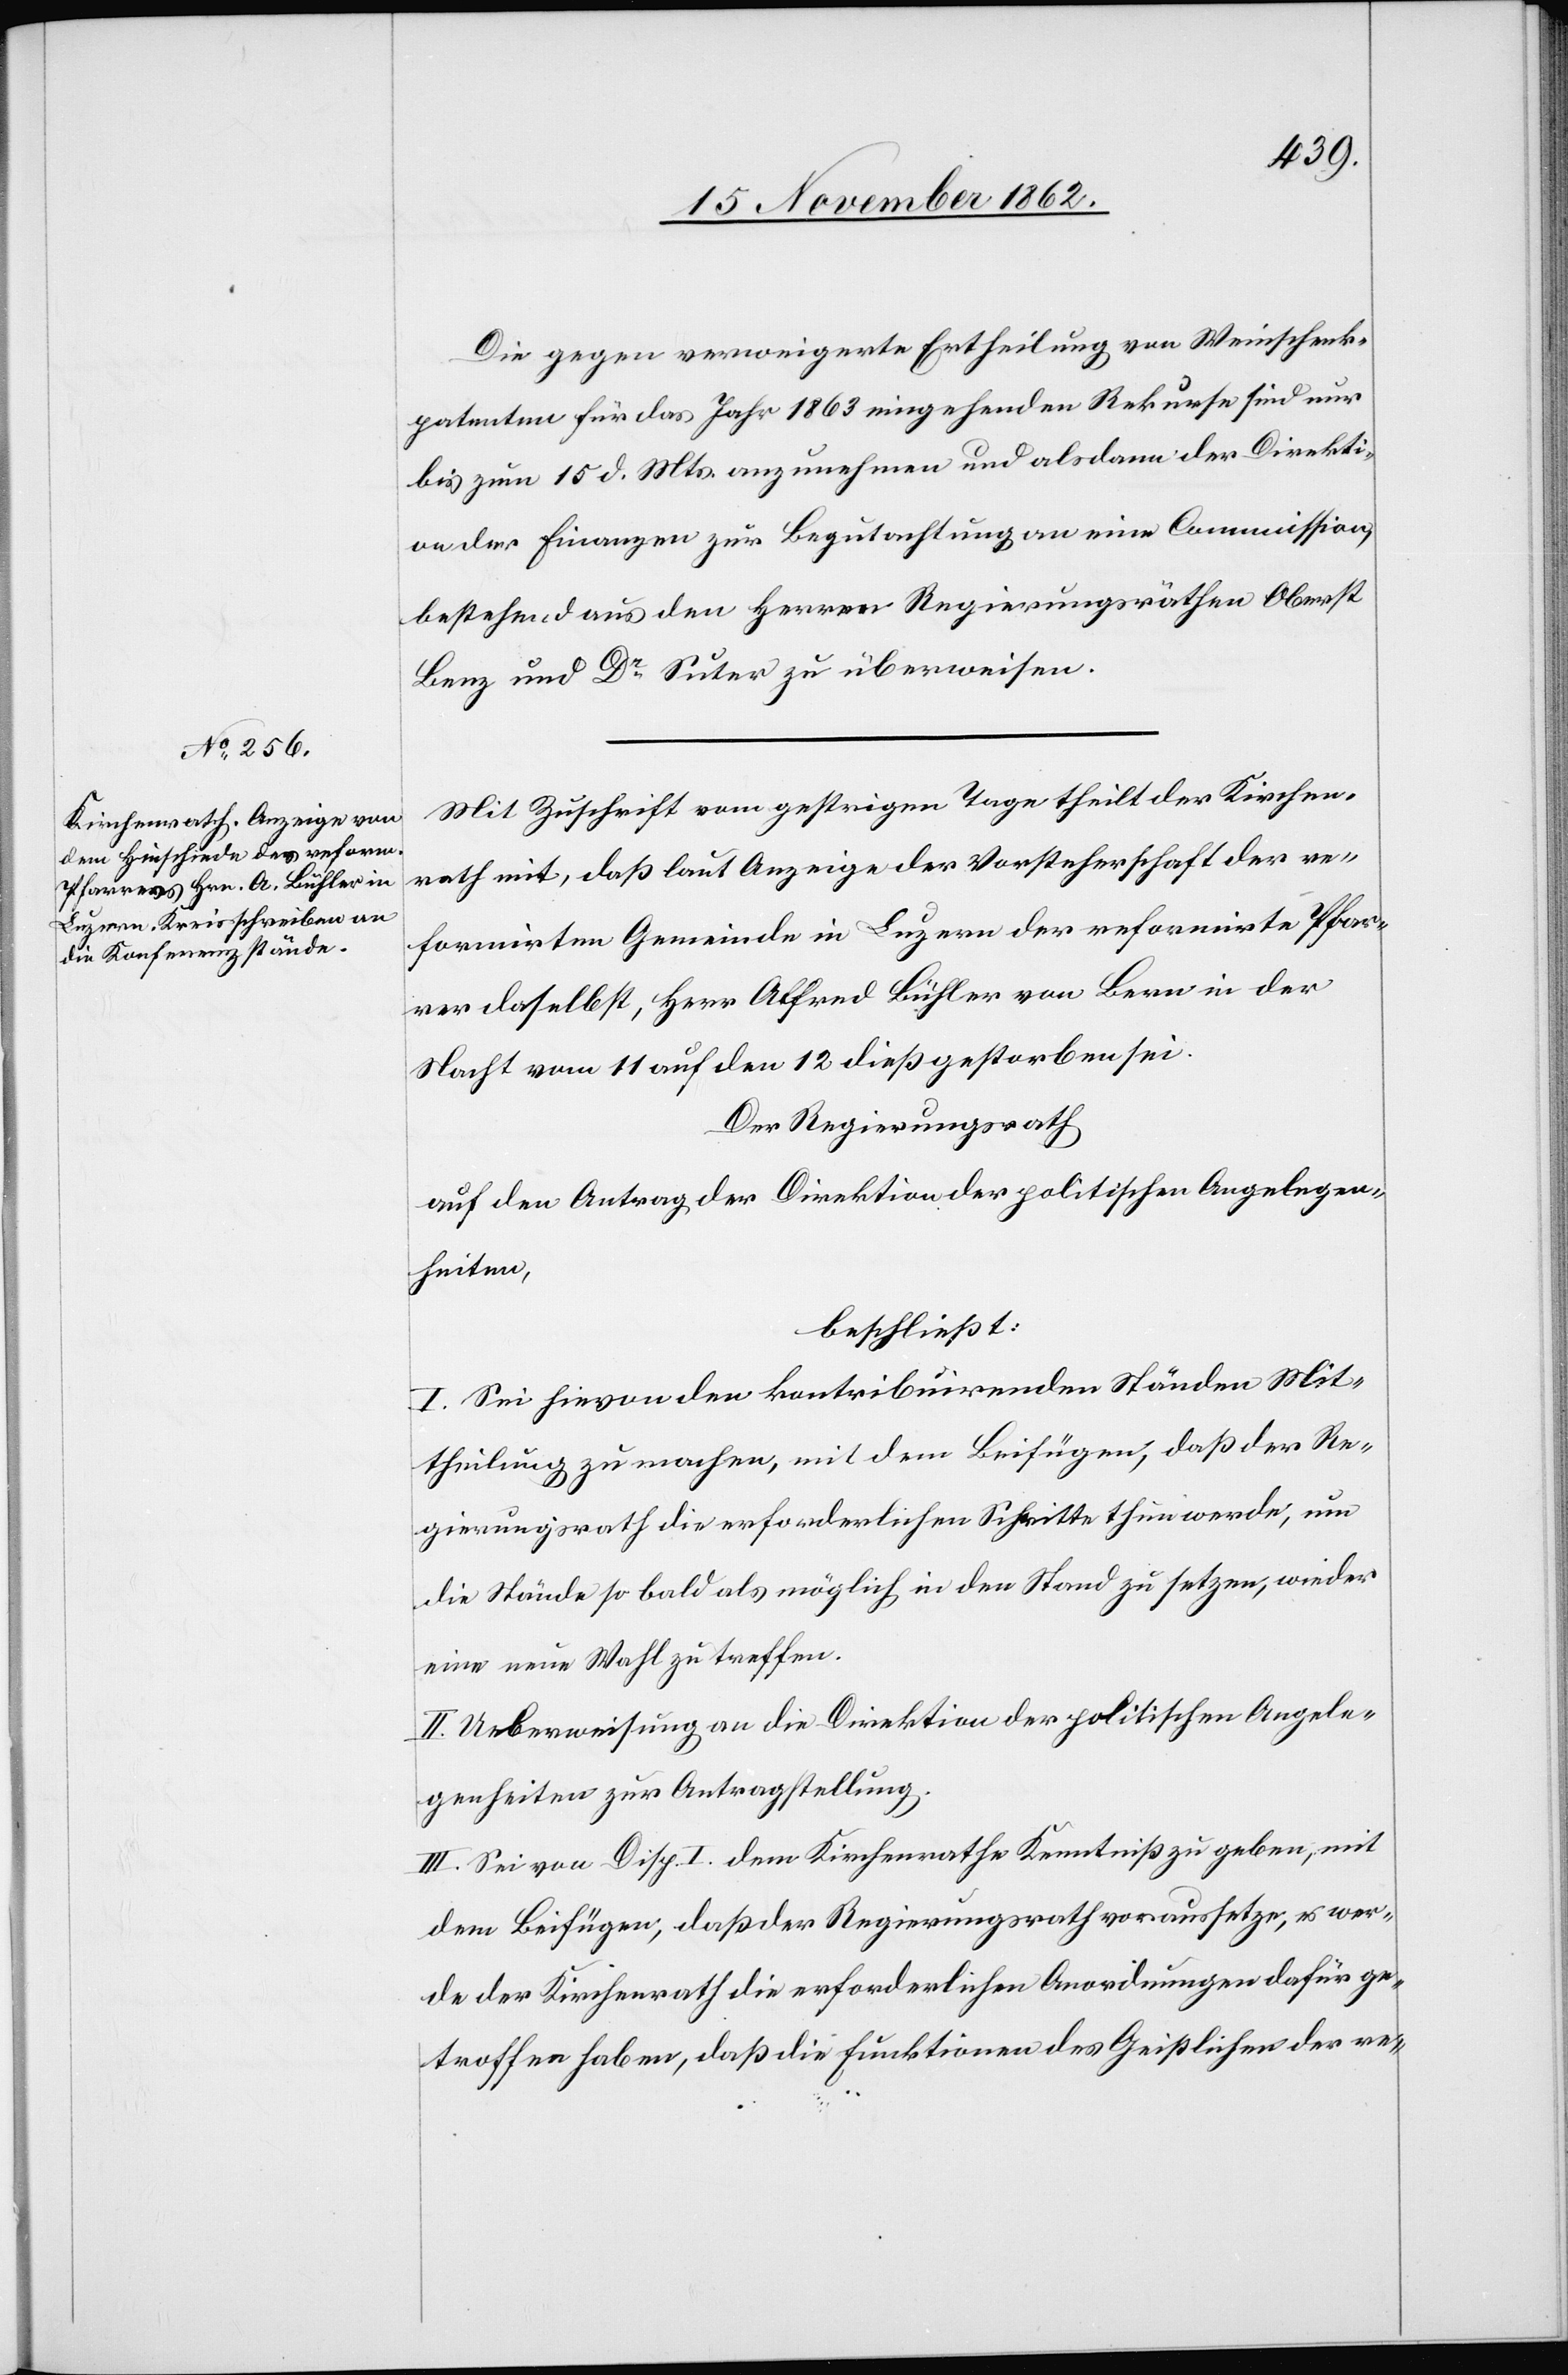
Die gegen verweigerte Ertheilung von Weinschenk¬
patenten für das Jahr 1863 eingehenden Rekurse sind nur
bis zum 15. d. Mts. anzunehmen und alsdann der Direkti¬
on der Finanzen zur Begutachtung an eine Commission,
bestehend aus den Herren Regierungsräthen Oberst
Benz und Dr Suter zu überweisen.
Mit Zuschrift vom gestrigen Tage theilt der Kirchen¬
rath mit, daß laut Anzeige der Vorsteherschaft der re¬
formirten Gemeinde in Luzern der reformirte Pfar¬
rer daselbst, Herr Alfred Bühler von Bern in der
Nacht vom 11. auf den 12. dieß gestorben sei.
Der Regierungsrath
auf den Antrag der Direktion der politischen Angelegen¬
heiten,
beschließt:
I. Sei hievon den kontribuirenden Ständen Mit¬
theilung zu machen, mit dem Beifügen, daß der Re¬
gierungsrath die erforderlichen Schritte thun werde, um
die Stände so bald als möglich in den Stand zu setzen, wieder
eine neue Wahl zu treffen.
II. Ueberweisung an die Direktion der politischen Angele¬
genheiten zur Antragstellung.
III. Sei von Disp. I dem Kirchenrathe Kenntniß zu geben, mit
dem Beifügen, daß der Regierungsrath voraussetze, es wer¬
de der Kirchenrath die erforderlichen Anordnungen dafür ge¬
troffen haben, daß die Funktionen des Geistlichen der re-